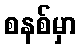
စနစ်မှာ